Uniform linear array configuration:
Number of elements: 16
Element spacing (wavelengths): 0.5
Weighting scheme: kaiser
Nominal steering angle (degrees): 30
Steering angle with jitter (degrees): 31.821
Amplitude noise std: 0.05
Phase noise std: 0.05

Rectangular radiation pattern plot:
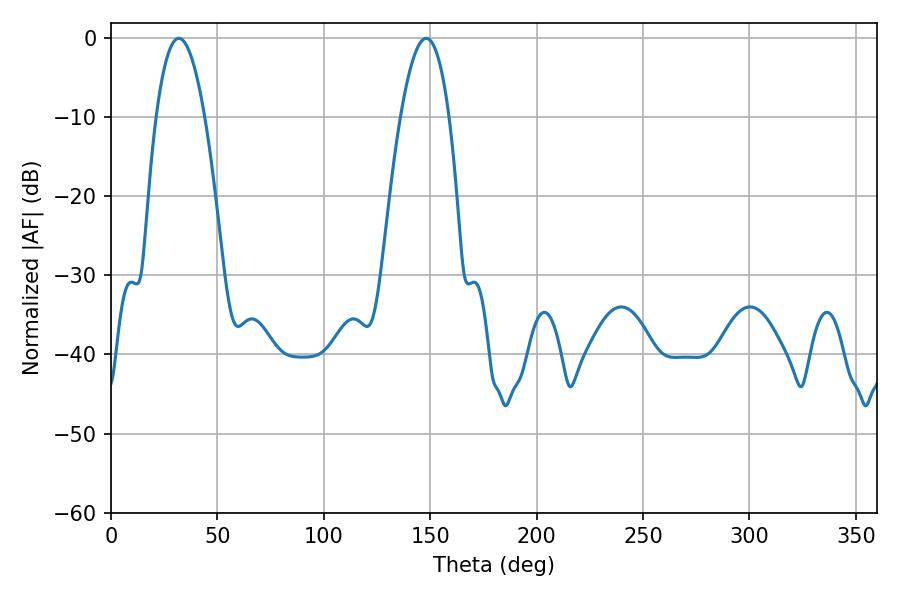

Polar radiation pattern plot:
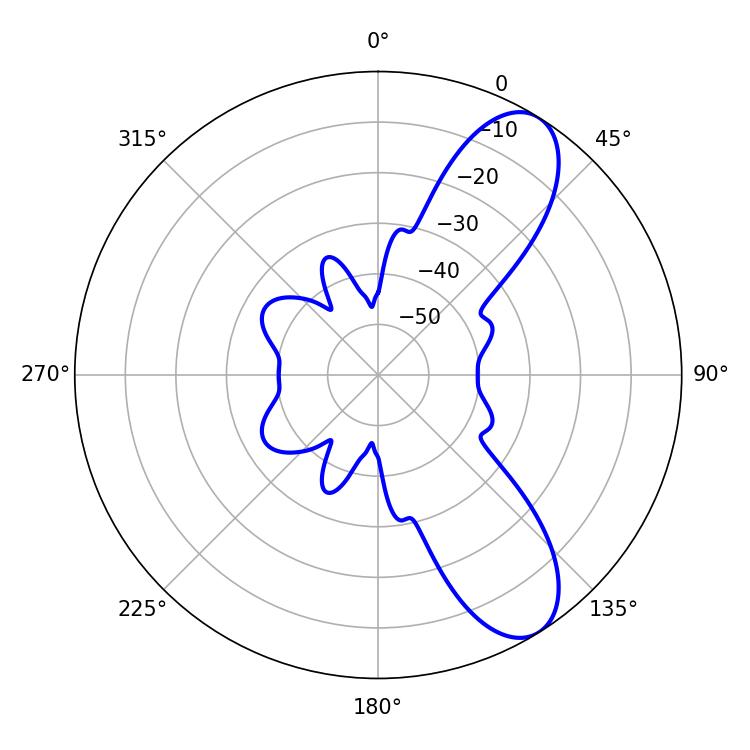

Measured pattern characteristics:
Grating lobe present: FALSE
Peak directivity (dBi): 9.023
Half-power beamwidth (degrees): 12.6
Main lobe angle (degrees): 31.86